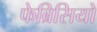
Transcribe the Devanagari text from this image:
फेब्रिसियो